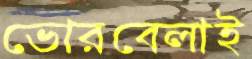
ভোরবেলাই